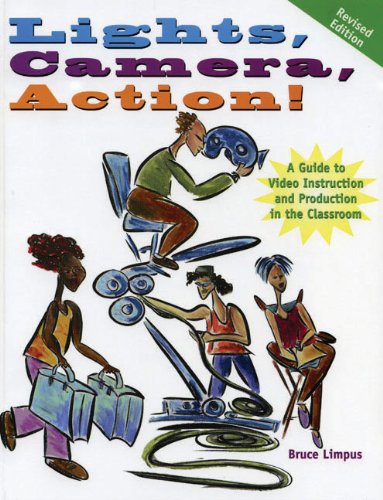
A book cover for Lights, Camera, Action!: A Guide to Video Instruction and Production in the Classroom; Bruce Limpus; Arts & Photography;